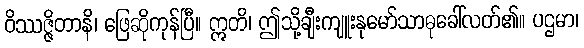
ဝိဿဇ္ဇိတာနိ၊ ဖြေဆိုကုန်ပြီ။ ဣတိ၊ ဤသို့ချီးကျူးနုမော်သာဓုခေါ်လတ်၏။ ပဌမာ၊